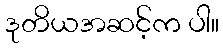
ဒုတိယအဆင့်က ပါ။